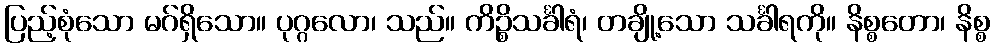
ပြည့်စုံသော မဂ်ရှိသော။ ပုဂ္ဂလော၊ သည်။ ကိဉ္စိသင်္ခါရံ၊ တချို့သော သင်္ခါရကို။ နိစ္စတော၊ နိစ္စ